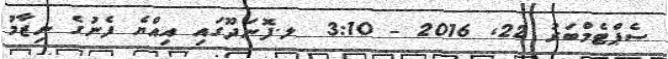
ސެޕްޓެމްބަރު 22